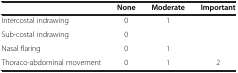
<table><thead><tr><td>[EMPTY_CELL]</td><td><b>None</b></td><td><b>Moderate</b></td><td><b>Important</b></td></tr></thead><tbody><tr><td>Intercostal indrawing</td><td>0</td><td>1</td><td>[EMPTY_CELL]</td></tr><tr><td>Sub-costal indrawing</td><td>0</td><td>[EMPTY_CELL]</td><td>[EMPTY_CELL]</td></tr><tr><td>Nasal flaring</td><td>0</td><td>1</td><td>[EMPTY_CELL]</td></tr><tr><td>Thoraco-abdominal movement</td><td>0</td><td>1</td><td>2</td></tr></tbody></table>